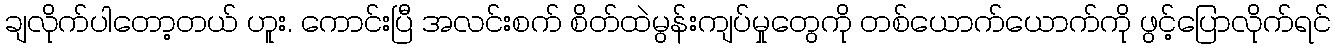
ချလိုက်ပါတော့တယ် ဟူး. ကောင်းပြီ အလင်းစက် စိတ်ထဲမွန်းကျပ်မှုတွေကို တစ်ယောက်ယောက်ကို ဖွင့်ပြောလိုက်ရင်